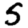
Digit: 5